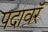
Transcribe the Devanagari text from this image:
पदावरॅ